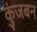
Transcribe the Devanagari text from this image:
कुंजबन